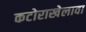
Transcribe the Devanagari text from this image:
कटोराखेलावा